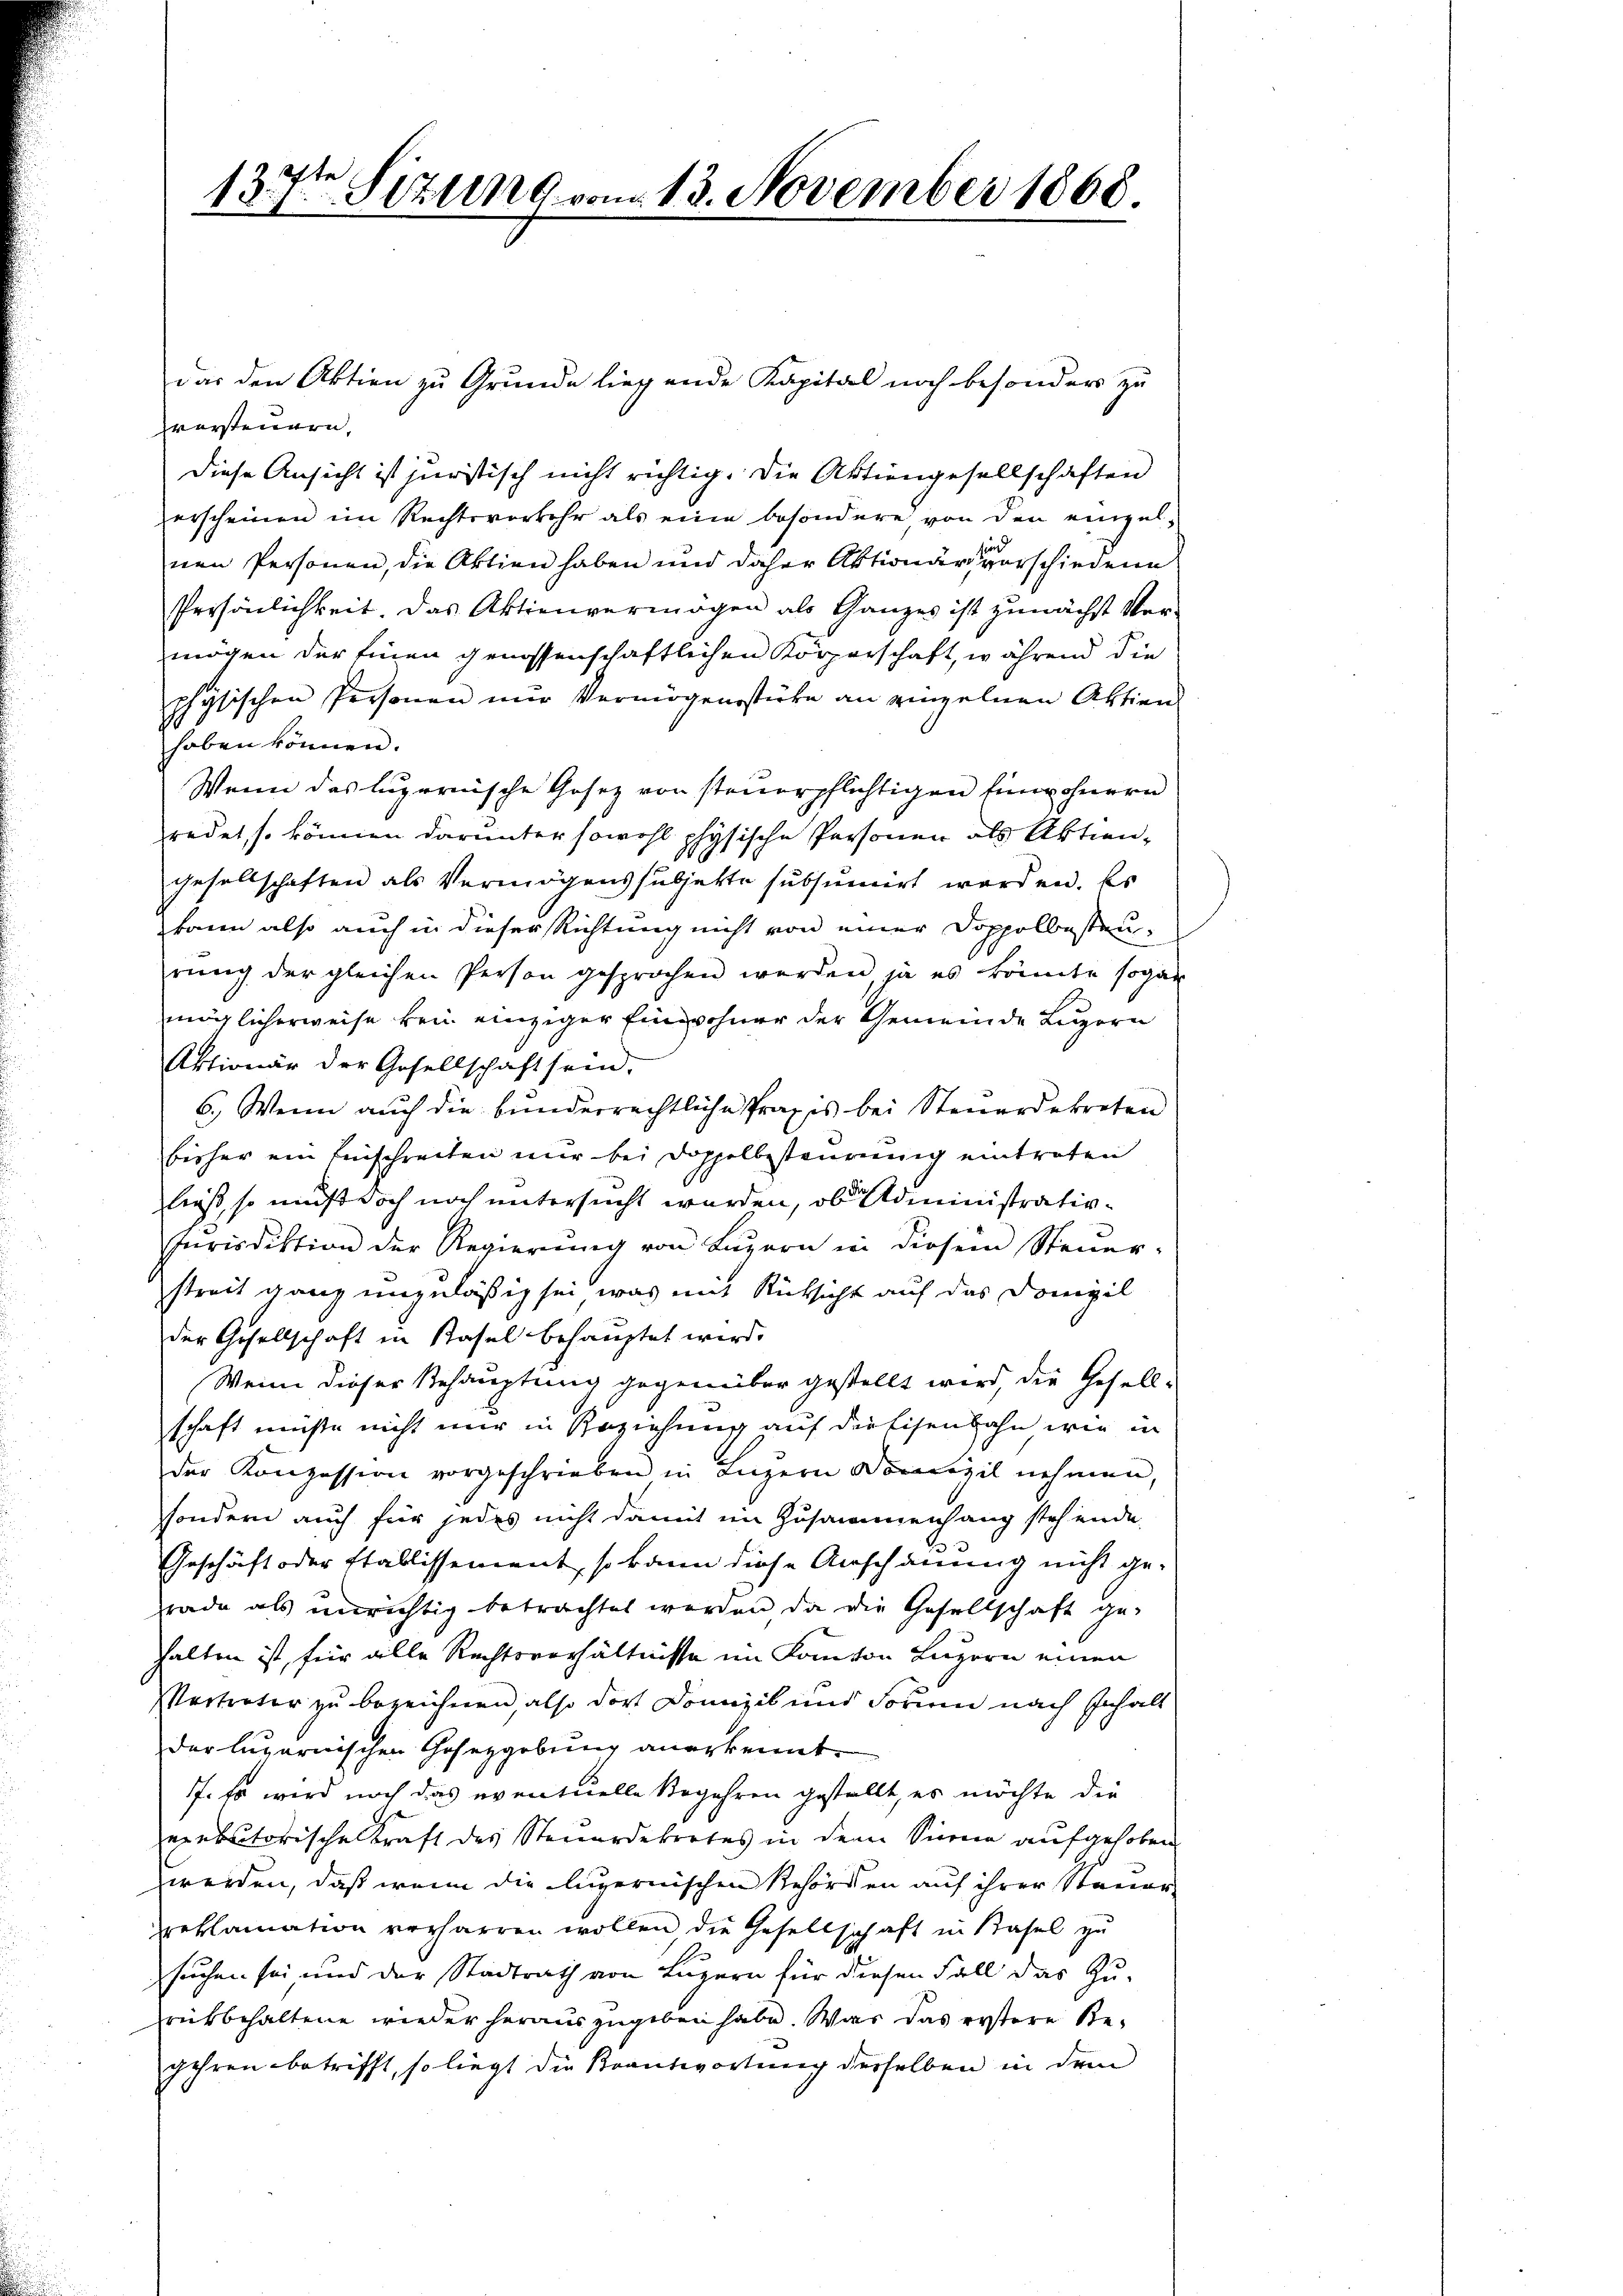
139ten Sizung vom 13. November 1868

das den Aktien zu Grunde liegende Kapital noch besonder zu
zversteuern,
diese Ansicht ist juristisch nicht richtig. Die Aktiengesellschaften
verscheinen im Rechtsverkehr als eine besondere von den einzel-
nen Personen, die Aktien haben und daher Aktionärs verschiedene
Persönlichkeit. Das Aktienvermögen als Ganzes ist zunächst Vermögen der Einen genossenschaftlichen Körperschaft, während die
physischen Personen nur Vermögensstücke an einzelnen Aktien
haben können.
Wenn das luzernische Gesez von steuerpflichtigen Einwohnern
redet, so können darunter sowohl physische Personen als Aktiengesellschaften als Vermögenssubjekte subsumirt worden. Es
kann also auch in dieser Richtung nicht von einer Doppelbesteurung der gleichen Person gesprochen werden, ja es könnte sogar
möglicherweise bei einziger Einwohner der Gemeinde Luzern
Aktionär der Gesellschaft sein.
6.) Wenn auch die bunderrechtliche Praxis bei Steuerdekreten
bisher ein Einschreiten mir bei Doppelbesteurung eintreten
ließ, so muß doch noch untersucht werden, ob administrativ¬
Jurisdiktion der Regierung von Luzern in diesem Steuer-
streit ganz unzuläßig sei, was mit Rücksicht auf das Domizil
der Gesellschaft in Basel behauptet wird.
Wenn dieser Behauptung gegenüber gestellt wird, die Gesellschaft müßte nicht nur in Beziehung auf die Eisenbahn wie in
der Konzession vorgeschrieben in Luzern Domizil nehmen,
sondern auch für jedes nicht damit im Zusammenhang stehende
Geschäft oder Etablissement, so kann diese Anschauung nicht ge-
rade als unrichtig betrachtet werden, da die Gesellschaft ge-
halten ist, für alle Rechtsverhältnisse im Kanton Luzern einen
Vertreter zu bezeichnen, also dort Domizil und Forum nach Inhalt
der lugarnischen Gesetzgebung anerkennt.
1. so wird noch das eventuelle Begehren gestellt, es möchte die
exekutorische Kraft des Steuerdekretes in dem Sinne aufgehoben.
werden, daß wenn die luzernischen Behörden auf ihrer Stauer
reklamation verharren wollen, die Gesellschaft in Basel zu
suchen sei und der Stadtrath von Luzern für diesen Fall das Zu-
rükbehaltene wieder herauszugeben habe. Was das erstere Be¬
Jahren betrifft, so liegt die Beantwortung derselben in deren